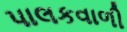
પાલકવાળી